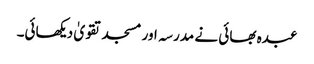
عبدہ بھائی نے مدرسہ اور مسجد تقویٰ دیکھائی۔